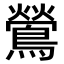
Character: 鶯